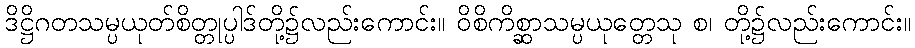
ဒိဋ္ဌိဂတသမ္ပယုတ်စိတ္တုပ္ပါဒ်တို့၌လည်းကောင်း။ ဝိစိကိစ္ဆာသမ္ပယုတ္တေသု စ၊ တို့၌လည်းကောင်း။